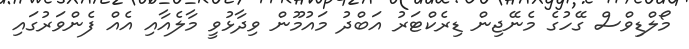
މޯލްޑިވްސް ގޭހުގެ މެނޭޖިން ޑިރެކްޓަރު އަބްދު މައުމޫން ވިދާޅުވީ މާލެއާއި އެއް ފެންވަރުގައި